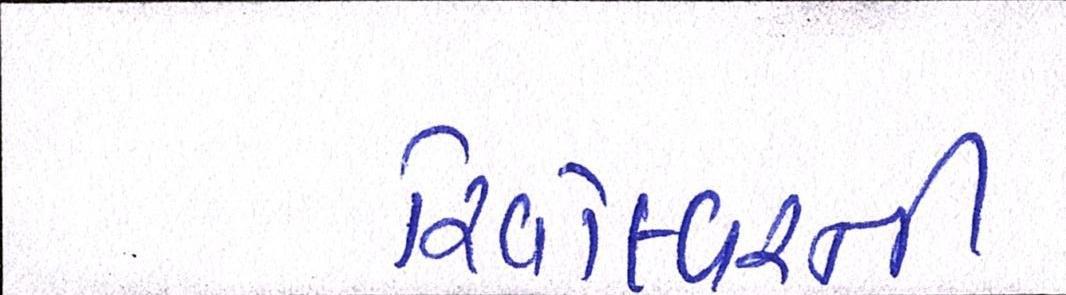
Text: રિવોલ્વરની